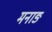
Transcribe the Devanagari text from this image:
मनाङ